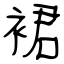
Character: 裙